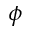
\phi